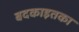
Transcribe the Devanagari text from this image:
बदकाइतका